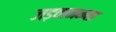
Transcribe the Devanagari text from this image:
जड़वामनता